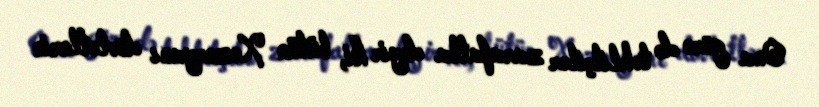
Ona görə də təhlilçilər zarafatla deyir ki, bütün Xəzəryanı dövlətlərin